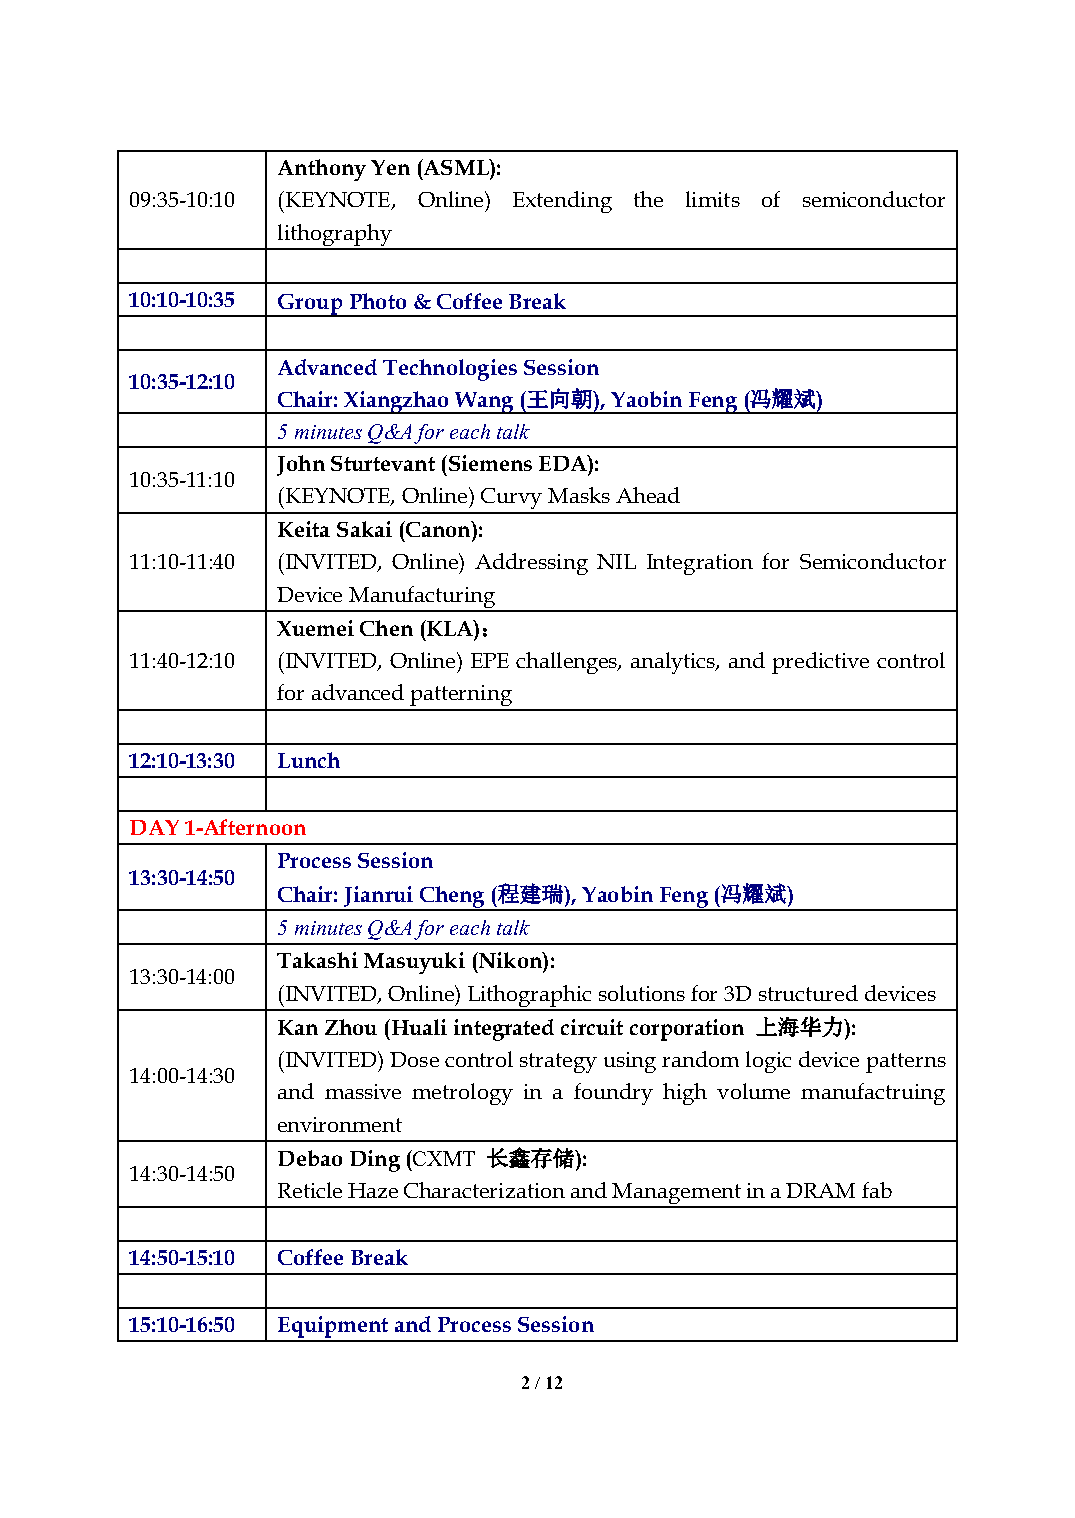
Anthony Yen (ASML):
 09:35-10:10 (KEYNOTE, Online) Extending the limits of semiconductor
 lithography
 10:10-10:35 Group Photo & Coffee Break
 Advanced Technologies Session
 10:35-12:10
 Chair: Xiangzhao Wang (王向朝), Yaobin Feng (冯耀斌)
 5 minutes Q&A for each talk
 John Sturtevant (Siemens EDA):
 10:35-11:10
 (KEYNOTE, Online) Curvy Masks Ahead
 Keita Sakai (Canon):
 11:10-11:40 (INVITED, Online) Addressing NIL Integration for Semiconductor
 Device Manufacturing
 Xuemei Chen (KLA)：
 11:40-12:10 (INVITED, Online) EPE challenges, analytics, and predictive control
 for advanced patterning
 12:10-13:30 Lunch
 DAY 1-Afternoon
 Process Session
 13:30-14:50
 Chair: Jianrui Cheng (程建瑞), Yaobin Feng (冯耀斌)
 5 minutes Q&A for each talk
 Takashi Masuyuki (Nikon):
 13:30-14:00
 (INVITED, Online) Lithographic solutions for 3D structured devices
 Kan Zhou (Huali integrated circuit corporation 上海华力):
 (INVITED) Dose control strategy using random logic device patterns
 14:00-14:30
 and massive metrology in a foundry high volume manufactruing
 environment
 Debao Ding (CXMT 长鑫存储):
 14:30-14:50
 Reticle Haze Characterization and Management in a DRAM fab
 14:50-15:10 Coffee Break
 15:10-16:50 Equipment and Process Session
 2 / 12